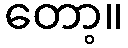
တော့။